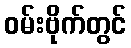
ဝမ်းဗိုက်တွင်